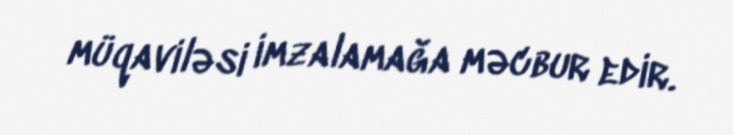
müqaviləsi imzalamağa məcbur edir.